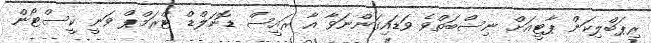
ރިޕަބްލިކަން ޕާޓީއަށް ނިސްބަތްވެ ވަޑައިގަންނަވާ އާ ރައީސް ޑޮނަލްޑް ޓްރަމްޕް ވަނީ ކީސްޓޯން